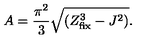
A = { \frac { \pi ^ { 2 } } { 3 } } \sqrt { ( Z _ { \mathrm { f i x } } ^ { 3 } - J ^ { 2 } ) } .